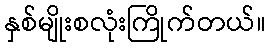
နှစ်မျိုးစလုံးကြိုက်တယ်။